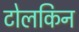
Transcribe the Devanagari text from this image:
टोलकिन